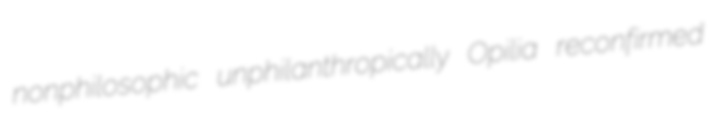
nonphilosophic unphilanthropically Opilia reconfirmed